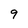
Character: 9